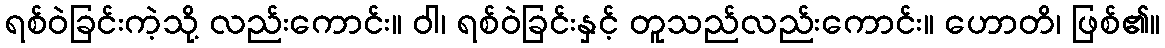
ရစ်ဝဲခြင်းကဲ့သို့ လည်းကောင်း။ ဝါ၊ ရစ်ဝဲခြင်းနှင့် တူသည်လည်းကောင်း။ ဟောတိ၊ ဖြစ်၏။